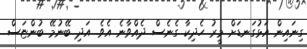
ގިނައިން އަޅުގަނޑަށް މީރު ހެދިކާ ގެނެސް ދެއްވާނެ އެވެ. އަދި ބޭނުމޭ ބުންޏަސް